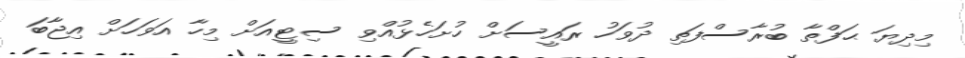
މިދިޔަ ޙަފްތާ ބުރާސްފަތި ދުވަހު ރައީސަށް ހުށަހެޅުއްވި ސިޓީއަށް މިހާ އަވަހަށް އިޖާބަ